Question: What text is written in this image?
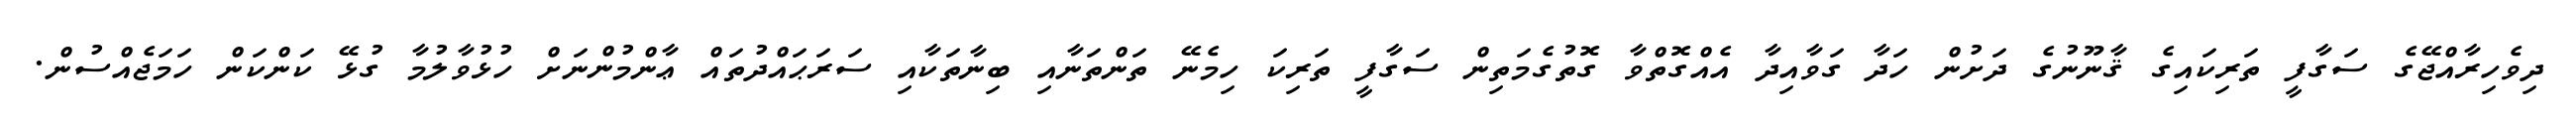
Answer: ދިވެހިރާއްޖޭގެ ސަގާފީ ތަރިކައިގެ ޤާނޫނުގެ ދަށުން ހަދާ ގަވާއިދާ އެއްގޮތްވާ ގޮތުގެމަތިން ސަގާފީ ތަރިކަ ހިމެނޭ ތަންތަނާއި ބިނާތަކާއި ސަރަޙައްދުތައް ޢާންމުންނަށް ހުޅުވާލުމާ ގުޅޭ ކަންކަން ހަމަޖެއްސުން.